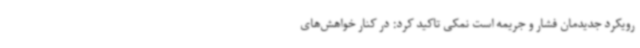
رویکرد جدیدمان فشار و جریمه است نمکی تاکید کرد: در کنار خواهش‌های